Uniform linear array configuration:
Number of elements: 64
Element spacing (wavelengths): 1
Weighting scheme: uniform
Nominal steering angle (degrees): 15
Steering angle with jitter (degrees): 14.567
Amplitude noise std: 0.05
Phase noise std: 0.05

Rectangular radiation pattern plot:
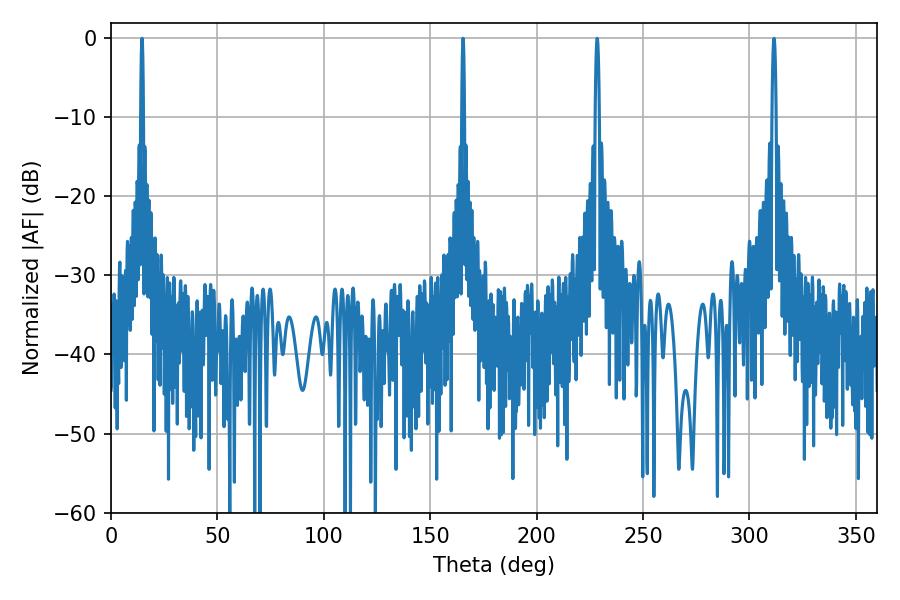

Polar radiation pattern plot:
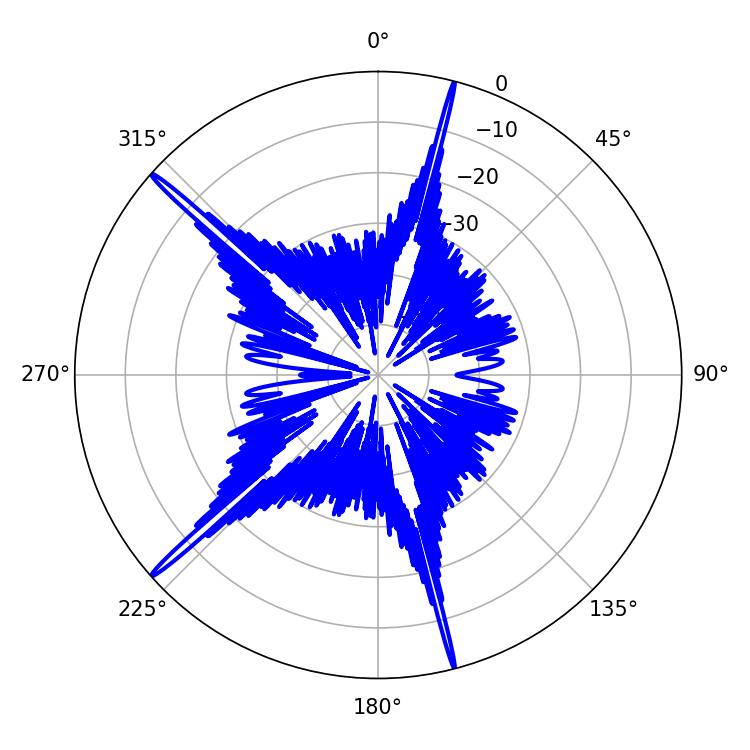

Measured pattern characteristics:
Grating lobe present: TRUE
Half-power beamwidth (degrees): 0.72
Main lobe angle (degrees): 165.42